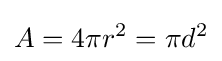
A=4\pi r^{2}=\pi d^{2}